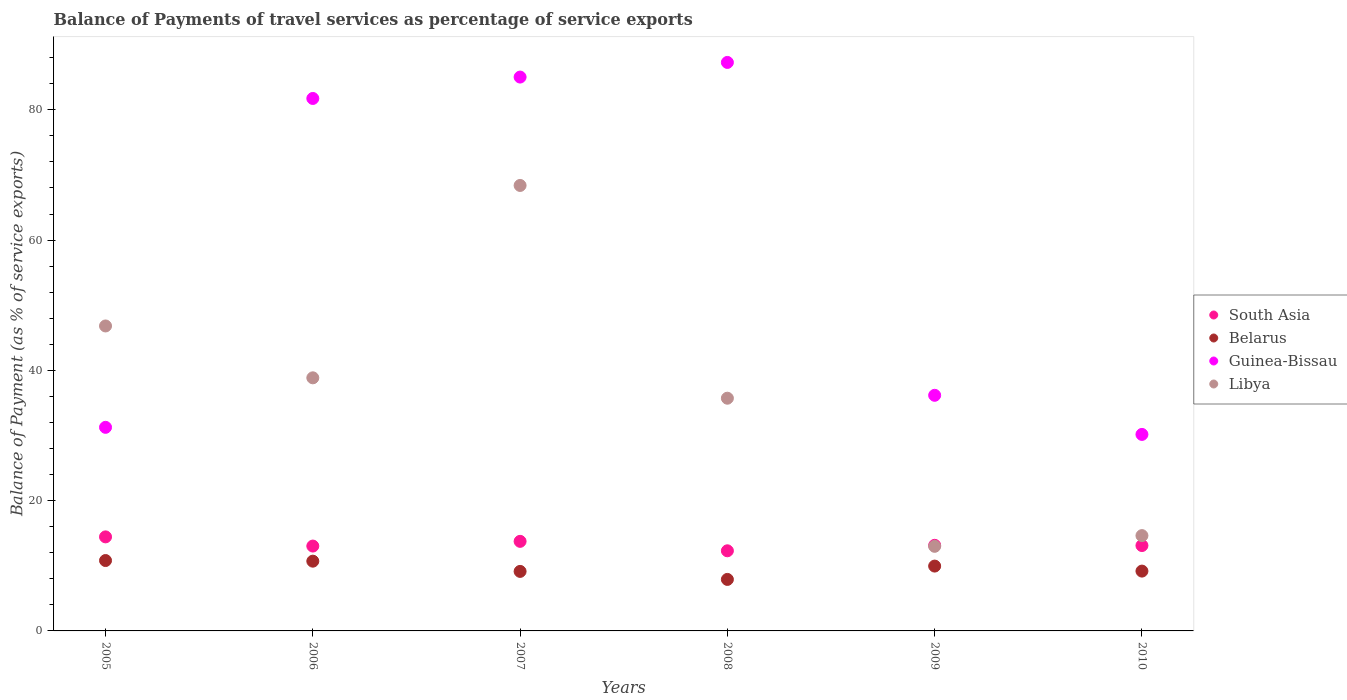
| Years | South Asia | Belarus | Guinea-Bissau | Libya |
 | --- | --- | --- | --- | --- |
 | 2005 | 14.4 | 10.8 | 31.3 | 46.8 |
 | 2006 | 13 | 10.7 | 81.7 | 38.9 |
 | 2007 | 13.8 | 9.14 | 85 | 68.4 |
 | 2008 | 12.3 | 7.91 | 87.3 | 35.7 |
 | 2009 | 13.1 | 9.95 | 36.2 | 13 |
 | 2010 | 13.1 | 9.18 | 30.2 | 14.6 |